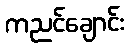
ကညင်ချောင်း